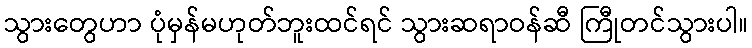
သွားတွေဟာ ပုံမှန်မဟုတ်ဘူးထင်ရင် သွားဆရာဝန်ဆီ ကြီုတင်သွားပါ။